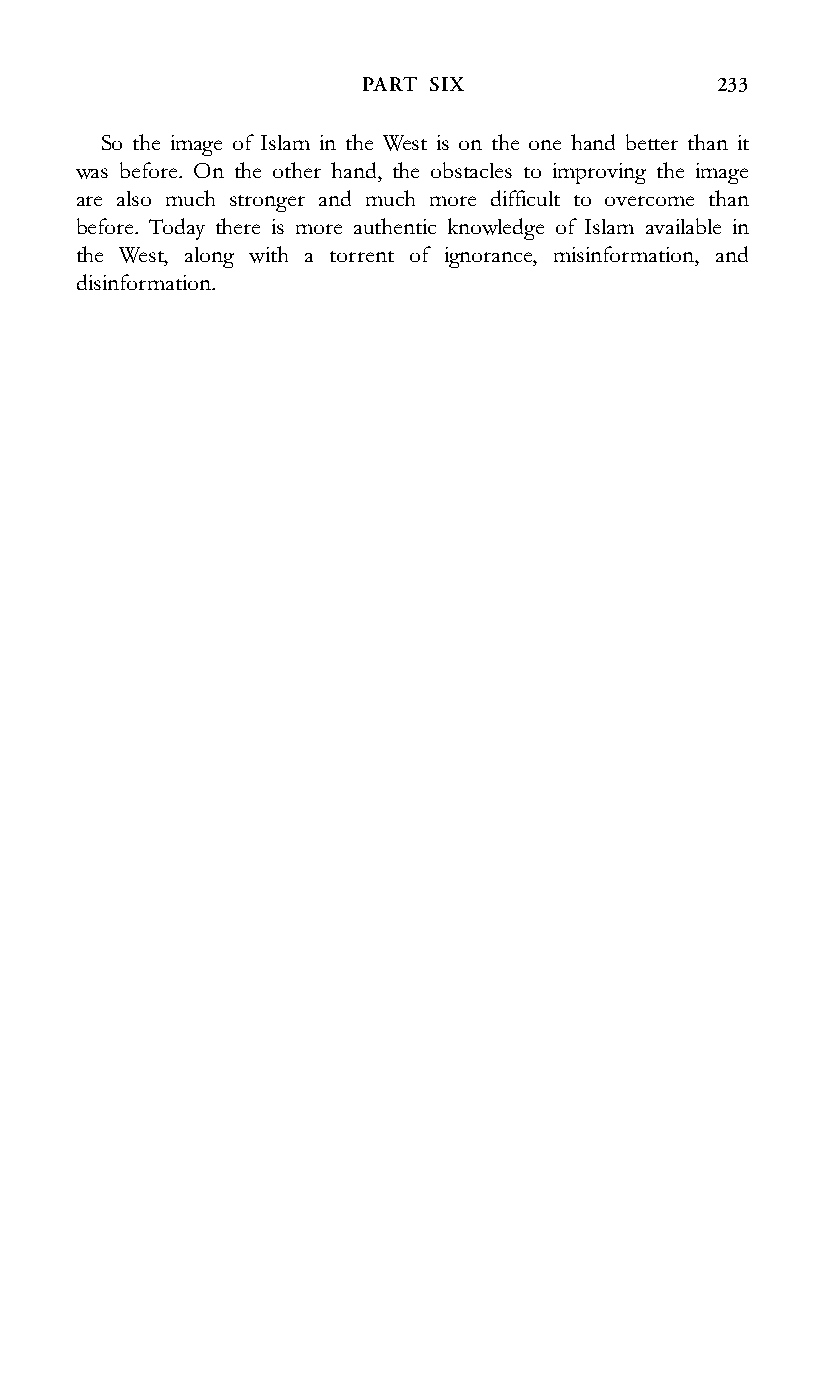
PART SIX                233
 So the image of Islam in the West is on the one hand better than it
 was before. On the other hand, the obstacles to improving the image
 are also much stronger and much more difficult to overcome than
 before. Today there is more authentic knowledge of Islam available in
 the West, along with a torrent of ignorance, misinformation, and
 disinformation.